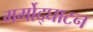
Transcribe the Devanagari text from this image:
मर्मोद्घाटन